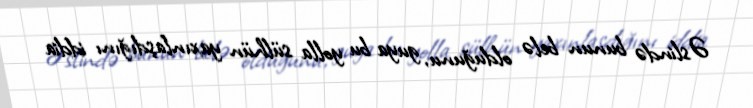
Əslində bunun belə olduğunu, guya bu yolla sülhün yaxınlaşdığını iddia